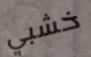
خشبي